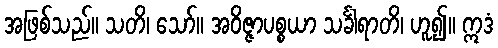
အဖြစ်သည်။ သတိ၊ သော်။ အဝိဇ္ဇာပစ္စယာ သင်္ခါရာတိ၊ ဟူ၍။ ဣဒံ